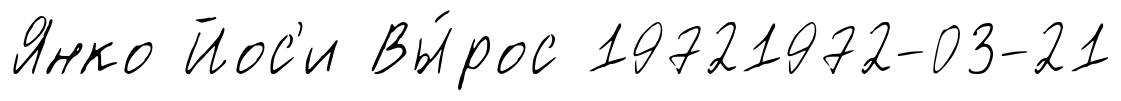
Янко Йос'и Вы́рос 19721972-03-21